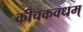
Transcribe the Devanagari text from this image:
कीचकवधम्